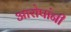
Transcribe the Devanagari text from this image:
आरोपांनी